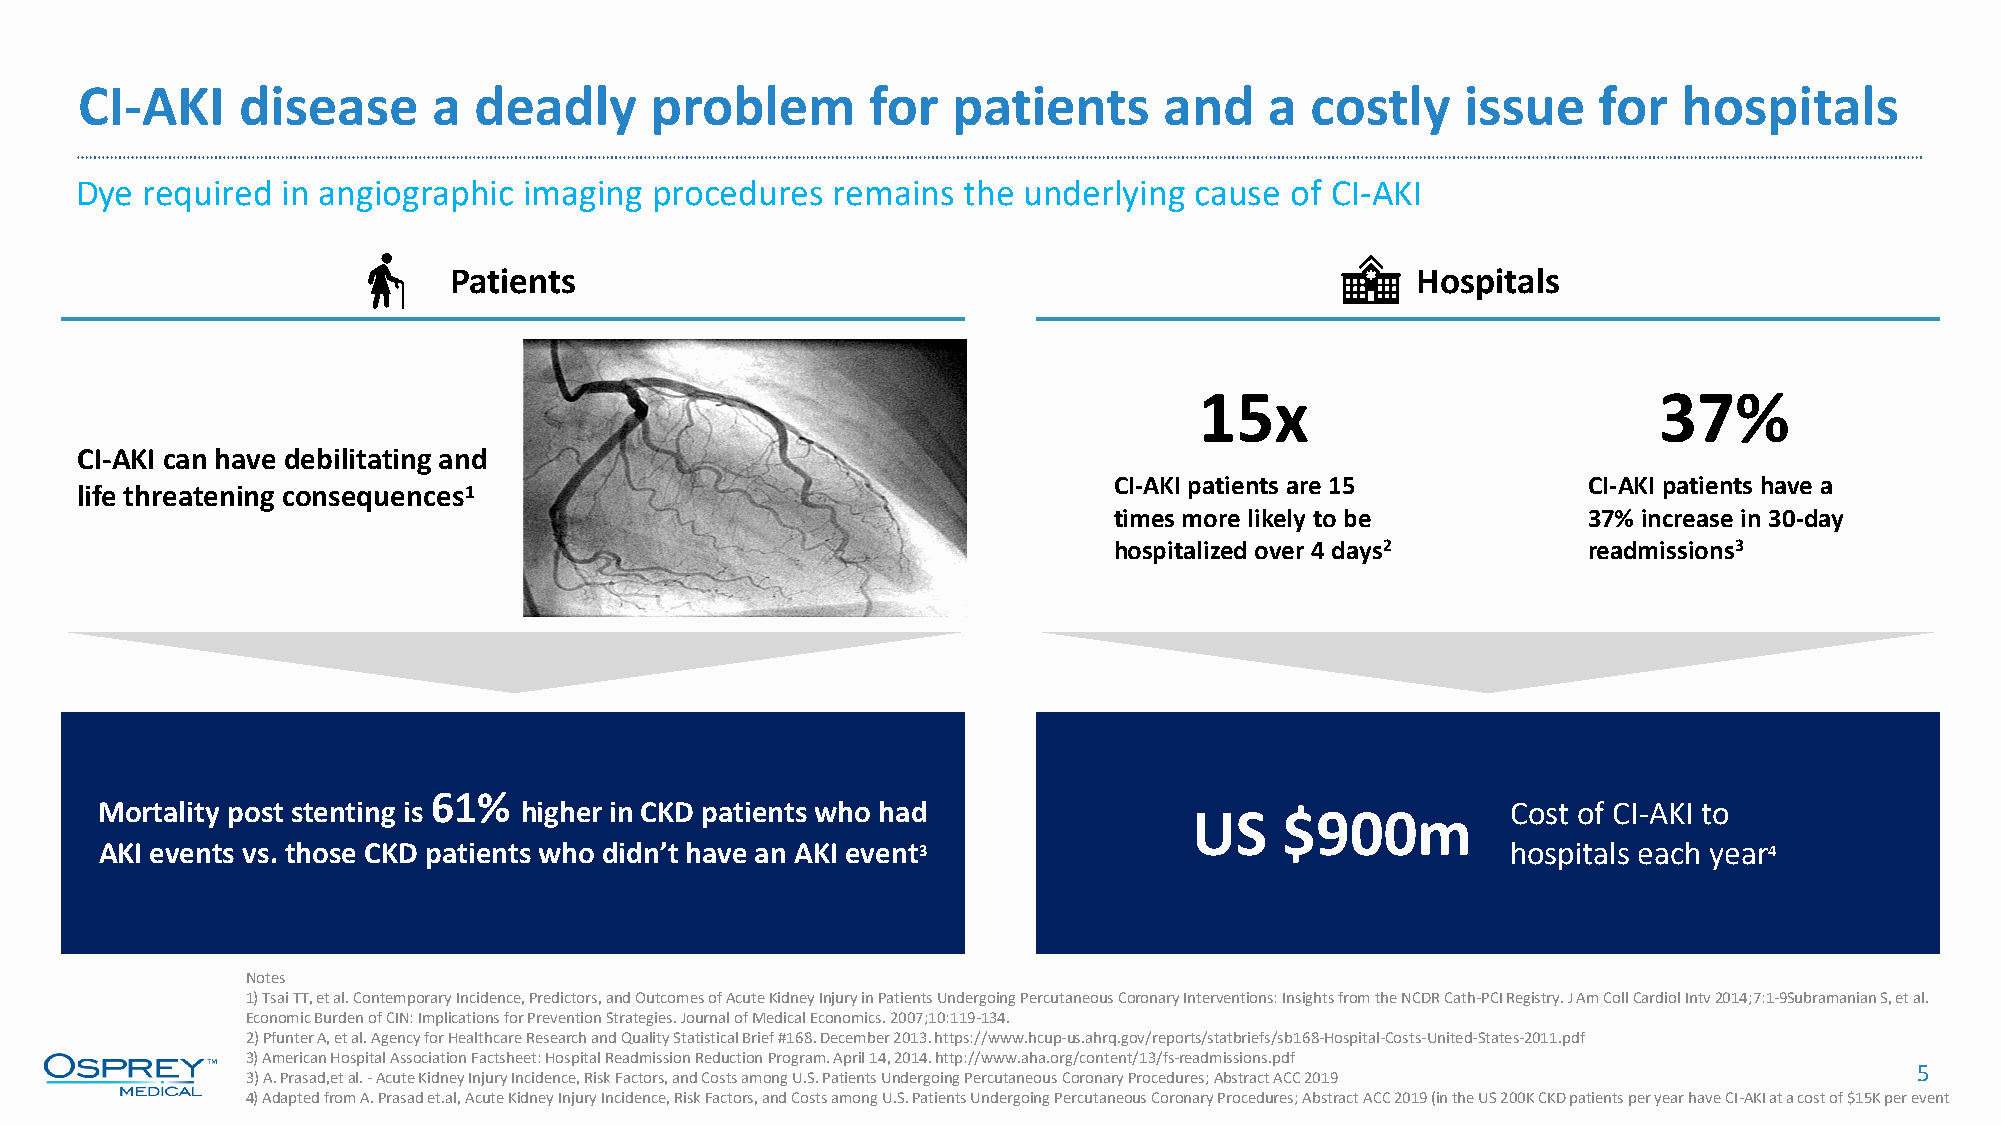
CI-AKI     disease      a deadly      problem        for  patients      and    a  costly    issue    for  hospitals
 Dye required  in angiographic imaging procedures  remains  the underlying cause of CI-AKI
 Patients                                                        Hospitals
 15x                            37%
 CI-AKI can have debilitating and
 CI-AKI patients are 15         CI-AKI patients have a
 life threatening consequences1
 times more likely to be        37% increase in 30-day
 hospitalized over 4 days2      readmissions3
 61%
 Mortality post stenting is higher in CKD patients who had                                    Cost of CI-AKI to
 US    $900m
 AKI events vs. those CKD patients who didn’t have an AKI event3                              hospitals each year4
 Notes
 1) Tsai TT, et al. Contemporary Incidence, Predictors, and Outcomes of Acute Kidney Injury in Patients Undergoing Percutaneous Coronary Interventions: Insights from the NCDR Cath-PCI Registry. J Am Coll CardiolIntv2014;7:1-9Subramanian S, et al.
 Economic Burden of CIN: Implications for Prevention Strategies. Journal of Medical Economics. 2007;10:119-134.
 2) PfunterA, et al. Agency for Healthcare Research and Quality Statistical Brief #168. December 2013. https://www.hcup-us.ahrq.gov/reports/statbriefs/sb168-Hospital-Costs-United-States-2011.pdf
 3) American Hospital Association Factsheet: Hospital Readmission Reduction Program. April 14, 2014. http://www.aha.org/content/13/fs-readmissions.pdf
 5
 3) A. Prasad,etal. -Acute Kidney Injury Incidence, Risk Factors, and Costs among U.S. Patients Undergoing Percutaneous Coronary Procedures; Abstract ACC 2019
 4) Adapted from A. Prasad et.al, Acute Kidney Injury Incidence, Risk Factors, and Costs among U.S. Patients Undergoing Percutaneous Coronary Procedures; Abstract ACC 2019 (in the US 200K CKD patients per year have CI-AKI at a cost of $15K per event